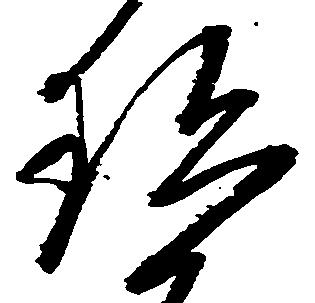
珍